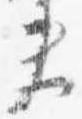
夫